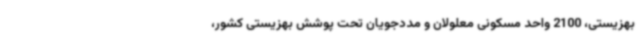
بهزیستی، 2100 واحد مسکونی معلولان و مددجویان تحت پوشش بهزیستی کشور،